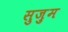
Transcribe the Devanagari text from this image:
सुज़ुम